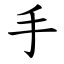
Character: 手